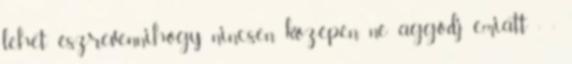
lehet észrevenni,hogy nincsen középen, ne aggódj emiatt : :